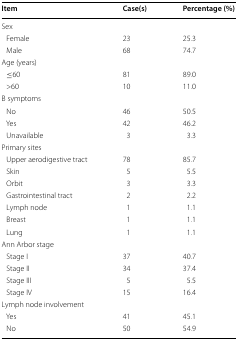
| Item | Case(s) | Percentage (%) |
 | --- | --- | --- |
 | <COLSPAN=3> Sex |
 | Female | 23 | 25.3 |
 | Male | 68 | 74.7 |
 | <COLSPAN=3> Age (years) |
 | ≤60 | 81 | 89.0 |
 | >60 | 10 | 11.0 |
 | <COLSPAN=3> B symptoms |
 | No | 46 | 50.5 |
 | Yes | 42 | 46.2 |
 | Unavailable | 3 | 3.3 |
 | <COLSPAN=3> Primary sites |
 | Upper aerodigestive tract | 78 | 85.7 |
 | Skin | 5 | 5.5 |
 | Orbit | 3 | 3.3 |
 | Gastrointestinal tract | 2 | 2.2 |
 | Lymph node | 1 | 1.1 |
 | Breast | 1 | 1.1 |
 | Lung | 1 | 1.1 |
 | <COLSPAN=3> Ann Arbor stage |
 | Stage I | 37 | 40.7 |
 | Stage II | 34 | 37.4 |
 | Stage III | 5 | 5.5 |
 | Stage IV | 15 | 16.4 |
 | <COLSPAN=3> Lymph node involvement |
 | Yes | 41 | 45.1 |
 | No | 50 | 54.9 |